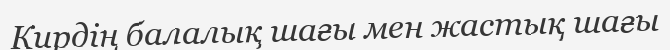
Кирдің балалық шағы мен жастық шағы